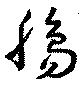
腸